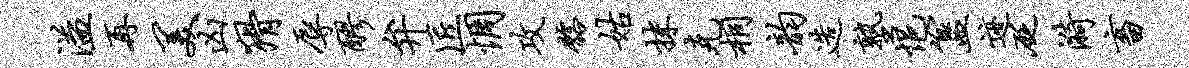
溢再美凶猾辱醪弁匠惆攻髂姑抹克桐韵造塾悒簋迹砭漪畜